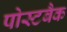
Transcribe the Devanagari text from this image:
पोस्टबैक